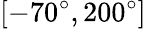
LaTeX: [-70^{\circ},200^{\circ}]